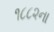
૧૮૮૨ના